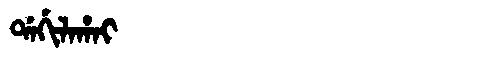
Manchu: ᡩᠠᡤᡳᠯᠠᡥᠠᡳ
Romanization: DAGILAHAI